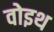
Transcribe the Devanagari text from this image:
वोइथ